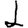
Digit: 1